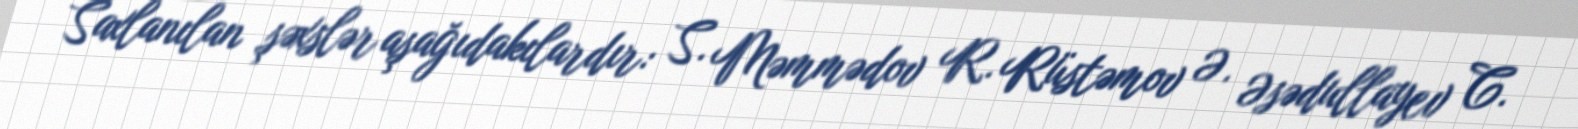
Saxlanılan şəxslər aşağıdakılardır: S. Məmmədov R. Rüstəmov Ə. Əsədullayev C.